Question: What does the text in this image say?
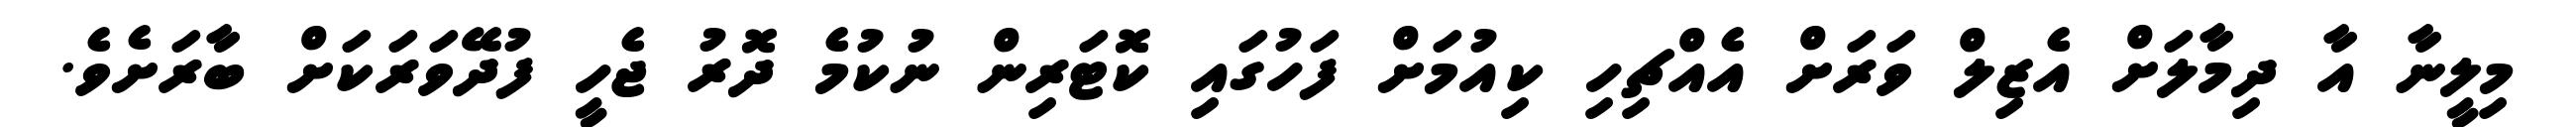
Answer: މިލީނާ އާ ދިމާލަށް އެޒިލް ވަރަށް އެއްޗިހި ކިއުމަށް ފަހުގައި ކޮޓަރިން ނުކުމެ ދޮރު ޖެހީ ފުދޭވަރަކަށް ބާރަށެވެ.